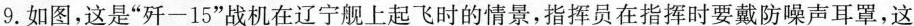
9.如图，这是”歼-15”战机在辽宁舰上起飞时的情景，指挥员在指挥时要戴防噪声耳罩，这